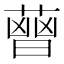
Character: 𦻤